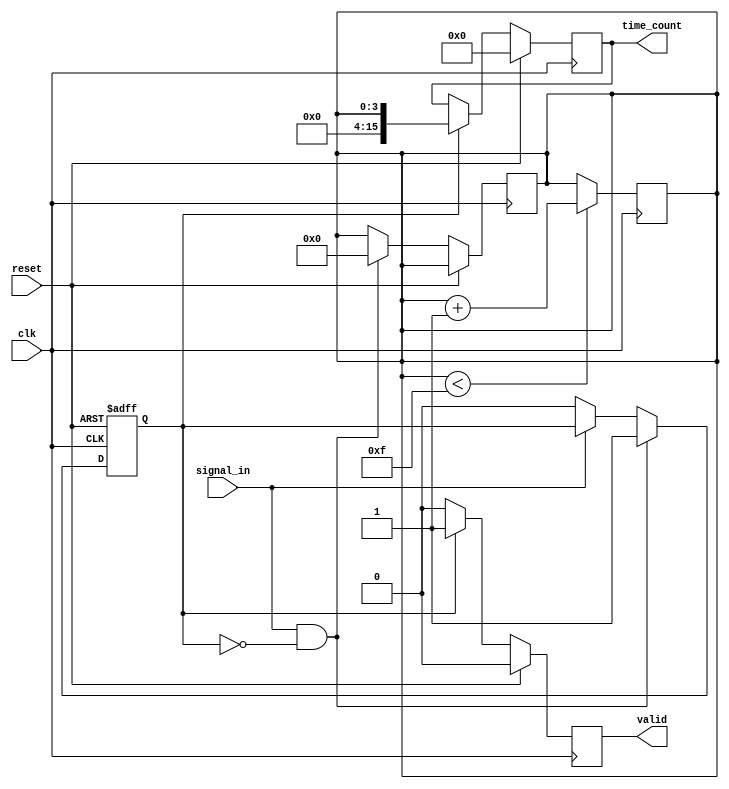
module time_to_digital_converter (
    input wire clk,                     // System clock
    input wire reset,                   // Reset signal
    input wire signal_in,               // Input signal to measure
    output reg [15:0] time_count,       // Output time count
    output reg valid                    // Output valid signal
);

    // Parameters
    parameter DELAY_LINE_DEPTH = 16;    // Depth of the delay line
    parameter TAP_DELAY = 5;             // Tap delay in clock cycles

    // Internal signals
    reg [DELAY_LINE_DEPTH-1:0] delay_line; // Delay line storage
    reg [3:0] tap_index;                  // Current tap index
    reg signal_detected;                  // Signal detection flag

    // Comparator for edge detection
    always @(posedge clk or posedge reset) begin
        if (reset) begin
            signal_detected <= 0;
        end else begin
            // Edge detection logic (rising edge)
            if (signal_in && !signal_detected) begin
                signal_detected <= 1;
                tap_index <= 0; // Reset tap index
            end else if (!signal_in) begin
                signal_detected <= 0;
            end
        end
    end

    // Delay Line Implementation
    always @(posedge clk) begin
        if (reset) begin
            delay_line <= 0;
        end else begin
            // Shift the delay line
            delay_line <= {signal_in, delay_line[DELAY_LINE_DEPTH-1:1]};
        end
    end

    // Time Measurement Core
    always @(posedge clk) begin
        if (reset) begin
            time_count <= 0;
            valid <= 0;
        end else if (signal_detected) begin
            // Increment time count based on tap index
            time_count <= tap_index;
            valid <= 1; // Set valid signal
        end else if (valid) begin
            // Reset valid signal after reading
            valid <= 0;
        end

        // Increment tap index based on delay line
        if (tap_index < DELAY_LINE_DEPTH - 1) begin
            tap_index <= tap_index + 1;
        end
    end

endmodule